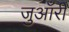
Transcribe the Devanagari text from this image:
जुआँरी